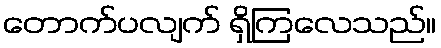
တောက်ပလျက် ရှိကြလေသည်။